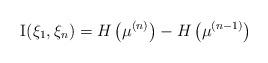
LaTeX: \begin{align*}{\rm I}(\xi_{1},\xi_{n})=H\left(\mu^{(n)}\right)-H\left(\mu^{(n-1)}\right)\end{align*}